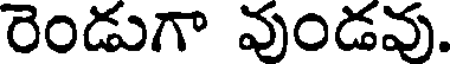
రెండుగా వుండవు.